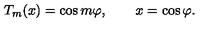
T _ { m } ( x ) = \cos m \varphi , \qquad x = \cos \varphi .